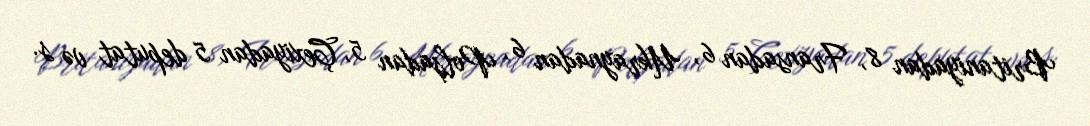
Britaniyadan 8, Fransadan 6, Ukraynadan 6, Polşadan 5, Çexiyadan 5 deputat və s.